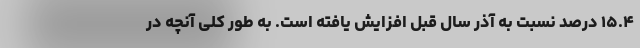
۱۵.۴ درصد نسبت به آذر سال قبل افزایش یافته است. به طور کلی آنچه در